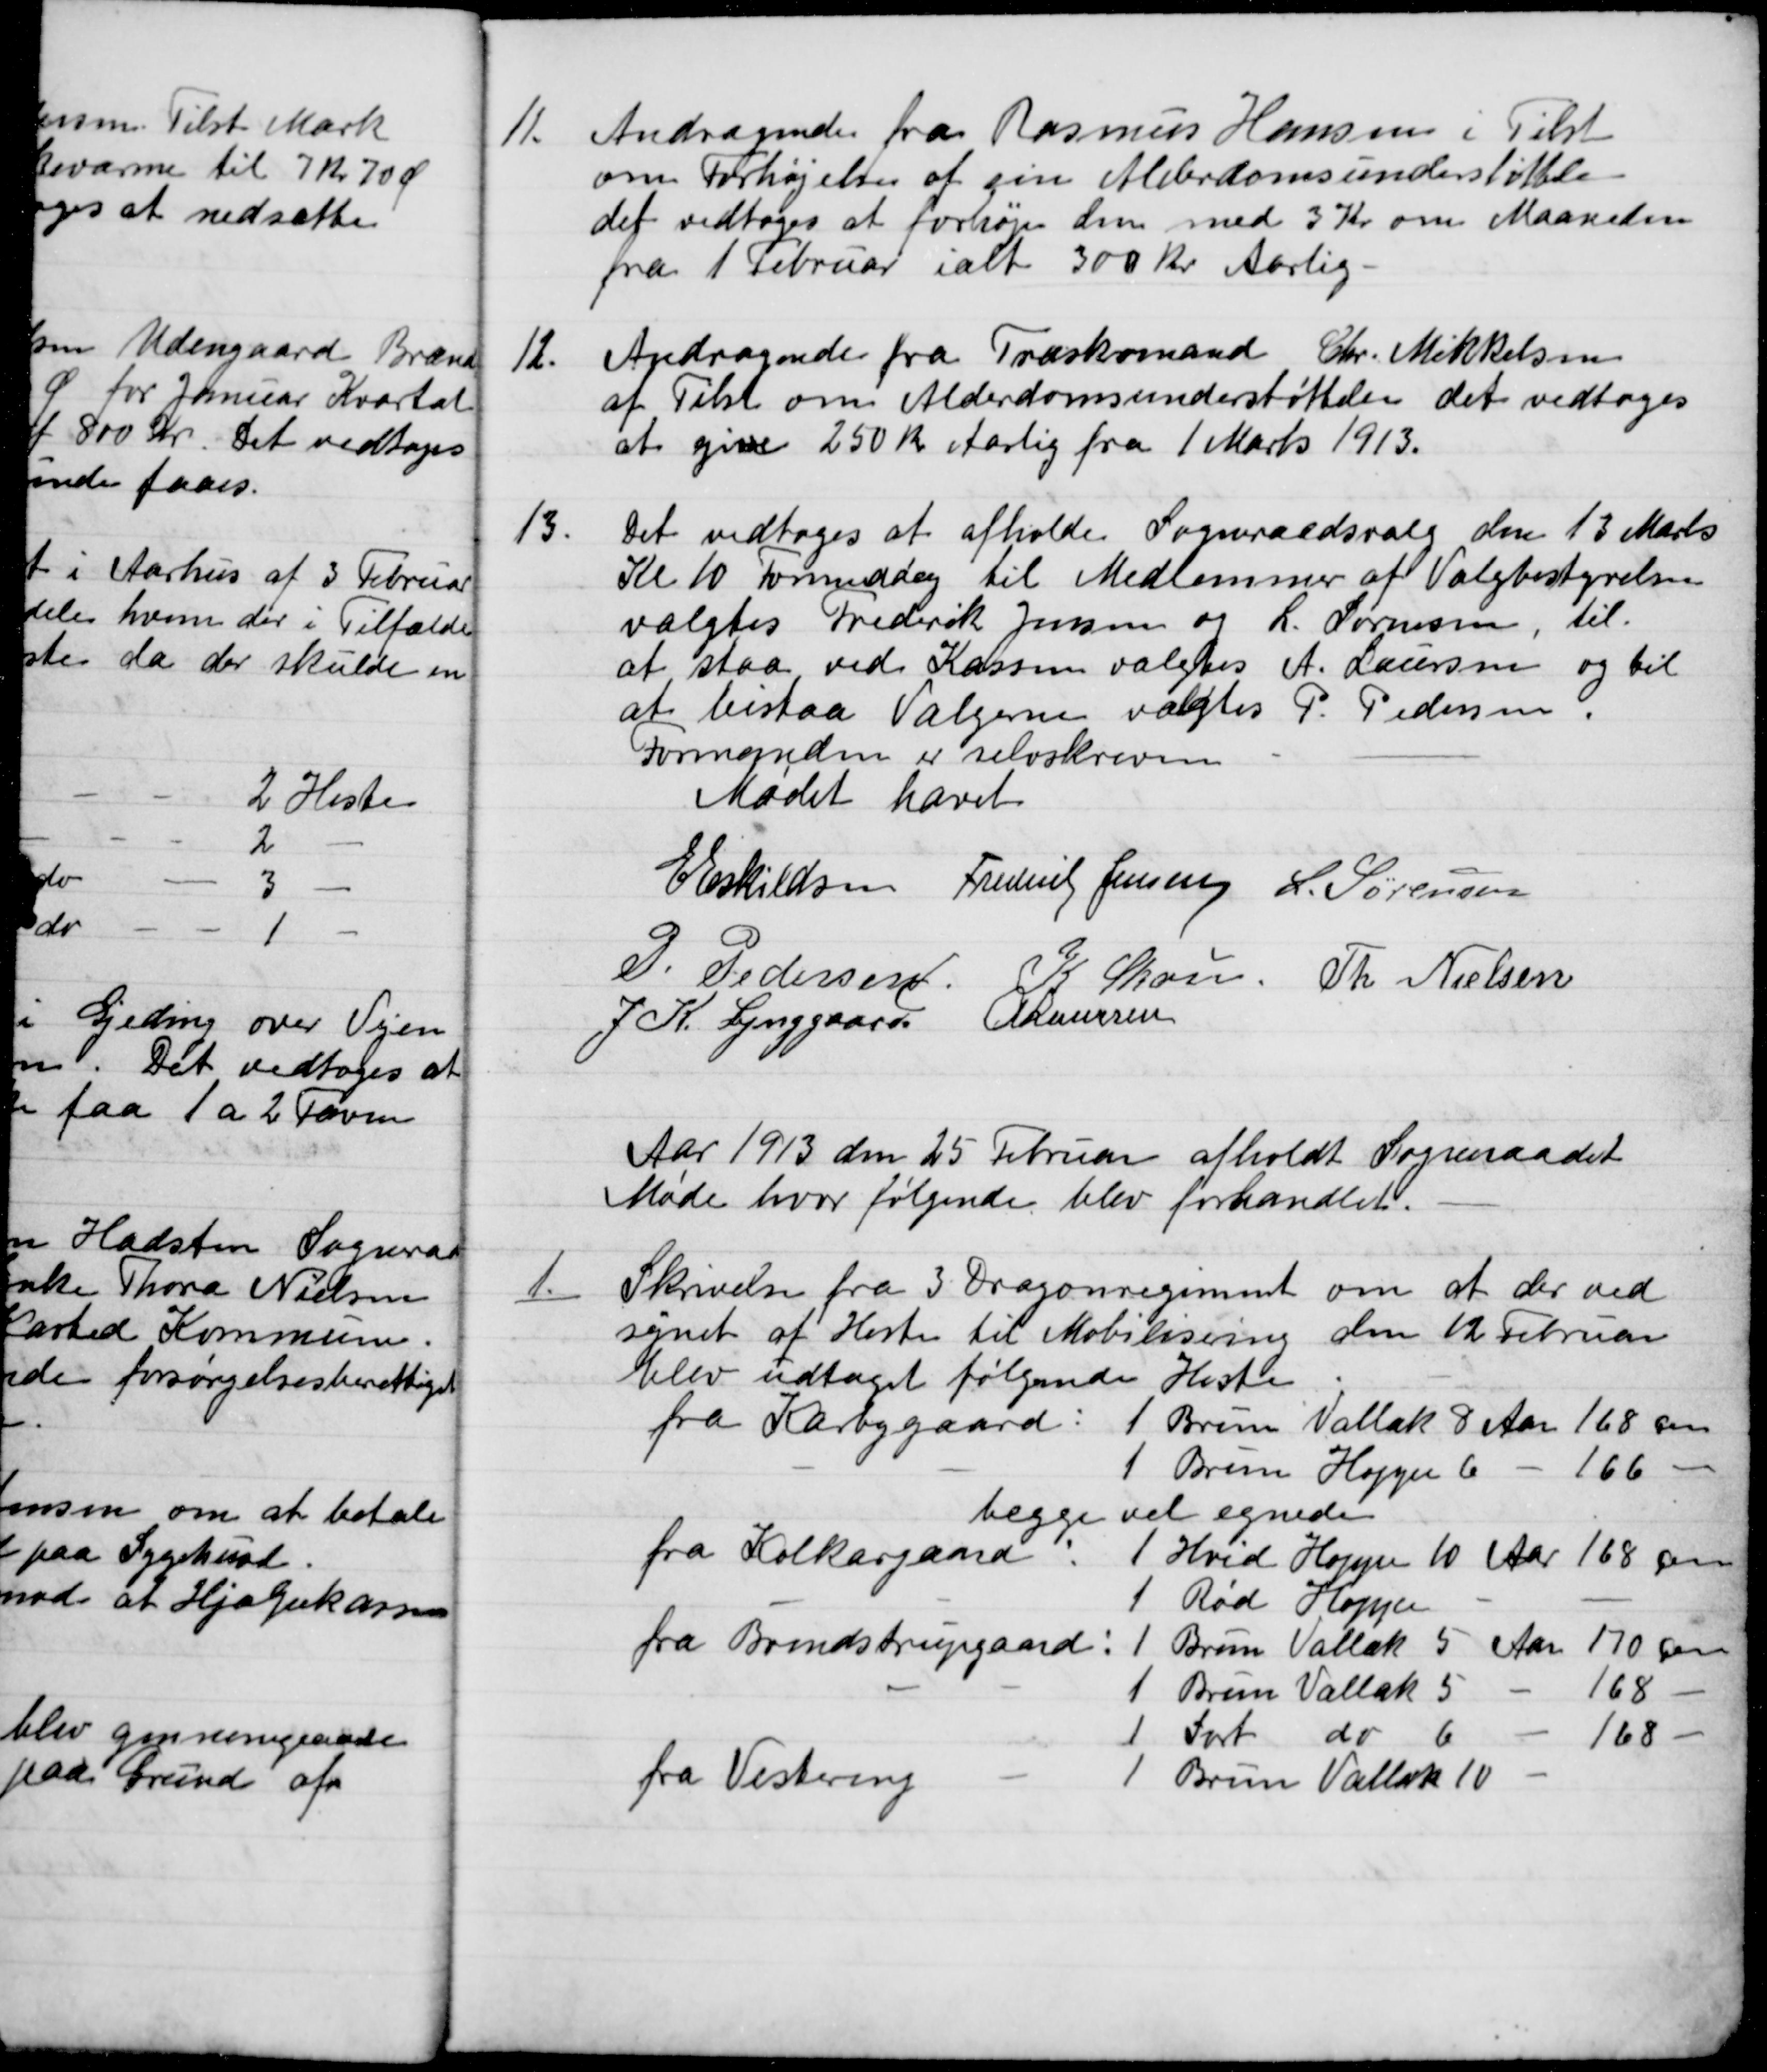
Transskription:
11.
Andragende fra Rasmus Hansen i Tilst
om Forhøjelse af sin Alderdomsunderstøttelse
det vedtoges at forhøje den med 3 Kr om Maaneden
fra 1 Februar i alt 300 Kr Aarlig.
12.
Andragende fra Træskomand Chr. Mikkelsen
af Tilst om Alderdomsunderstøttelse det vedtoges
at give 250 Kr Aarlig fra 1 Marts 1913.
13.
Det vedtoges at afholde Sogneraadsvalg den 13 Marts
Kl 10 Formiddag til Medlemmer af Valgbestyrelsen
valgtes Frederik Jensen og L. Sørensen, til
at staa ved Kassen valgtes A. Laursen og til
at bistaa Vælgerne valgtes P. Pedersen,
Formanden er selvskreven
Mødet hævet
E Eskildsen
Frederik Jensen
L. Sørensen
P. Pedersen
K Skou
Th. Nielsen
J. K. Lynggaard
A Laursen
Aar 1913 den 25 Februar afholdt Sogneraadet
Møde hvor følgende blev forhandlet.
1.
Skrivelse fra 3 Dragonregiment om at der ved
synet af Heste til Mobilisring den 12 Februar
Elev udtaget følgende Hestee
fra Karbygaard:
1 Brum Vallak 8 Aar 168 cm
1 Brun Hoppe 6
166
begge vel egnede
fra Kolkærgaard
Hvid Hoppe 10 Aar 168 cm
1 Rød Hoppe
fra Brendstrupgaard:
1 Brun Vallak 5 Aar 170 cm
1 Brun Vallak 5
168
1 Sort do 6
168
fra Vestereng
Brun Vallak 10